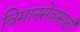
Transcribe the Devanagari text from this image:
विमानसेवांसाठी